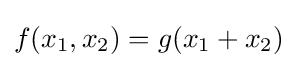
{\textstyle f(x_{1},x_{2})=g(x_{1}+x_{2})}